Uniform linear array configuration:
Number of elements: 16
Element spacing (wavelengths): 0.5
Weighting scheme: hamming
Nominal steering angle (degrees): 60
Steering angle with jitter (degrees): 59.472
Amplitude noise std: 0.05
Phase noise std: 0.05

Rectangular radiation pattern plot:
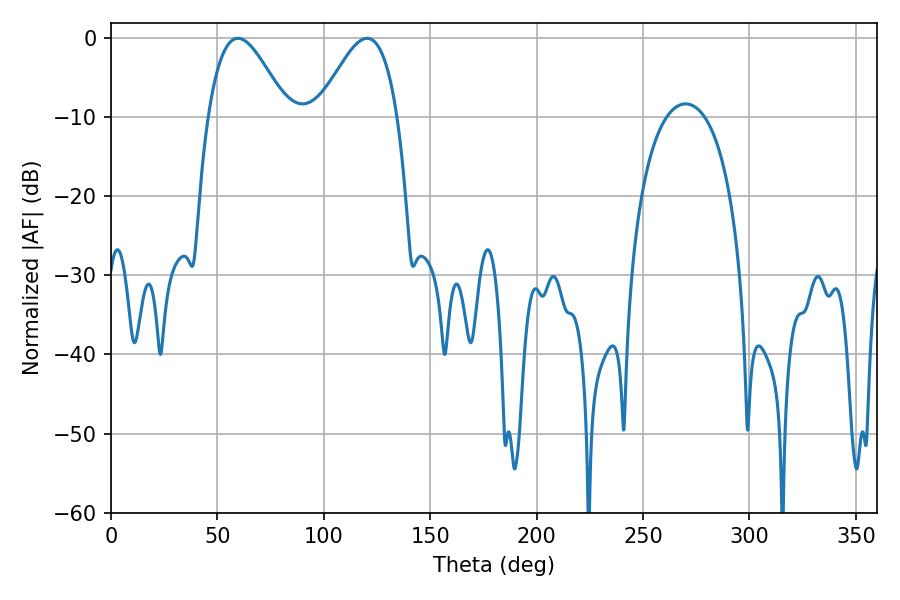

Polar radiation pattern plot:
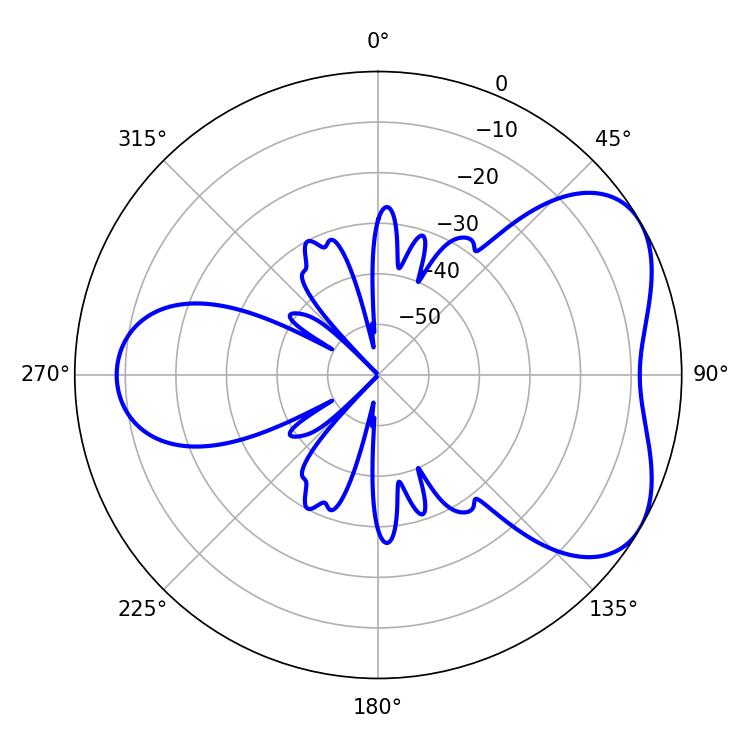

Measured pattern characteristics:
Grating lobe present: FALSE
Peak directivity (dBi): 4.977
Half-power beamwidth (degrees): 19.98
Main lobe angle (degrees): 59.58